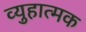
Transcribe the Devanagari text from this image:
व्युहात्मक